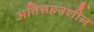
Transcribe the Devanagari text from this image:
अतिसहनशील